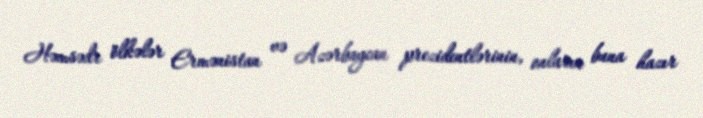
Həmsədr ölkələr Ermənistan və Azərbaycan prezidentlərinin, onların buna hazır